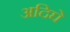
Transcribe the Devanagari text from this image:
अदिघे